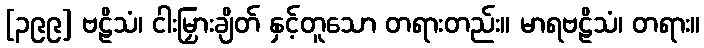
[၃၉၉] ဗဠိသံ၊ ငါးမြှားချိတ် နှင့်တူသော တရားတည်း။ မာရဗဠိသံ၊ တရား။